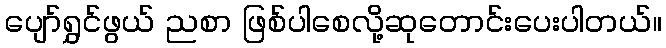
ပျော်ရွှင်ဖွယ် ညစာ ဖြစ်ပါစေလို့ဆုတောင်းပေးပါတယ်။